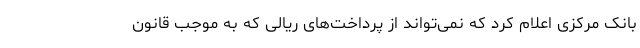
بانک مرکزی اعلام کرد که نمی‌تواند از پرداخت‌های ریالی که به موجب قانون